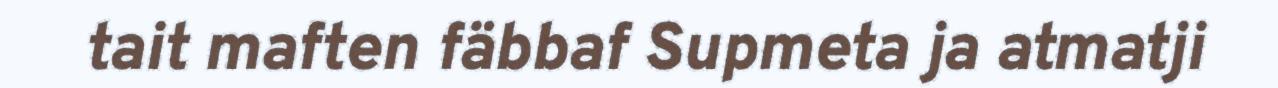
tait maften fäbbaf Supmeta ja atmatji